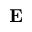
\mathbf { E }